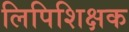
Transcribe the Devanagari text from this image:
लिपिशिक्षक